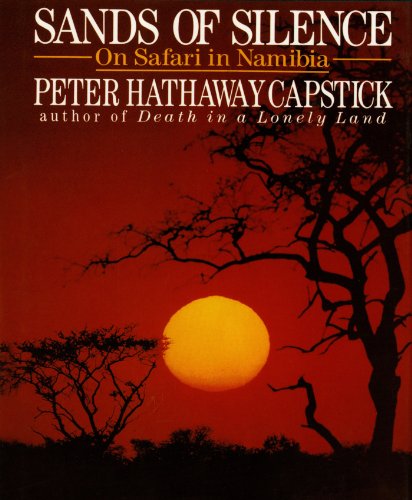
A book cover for Sands Of Silence: On Safari In Namibia; Peter Hathaway Capstick; Travel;